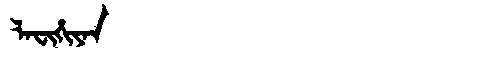
Manchu: ᠯᠠᠸᡳᡥᡳᠶᠠᠨ
Romanization: LAFIHIYAN